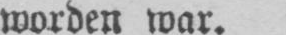
worden war.